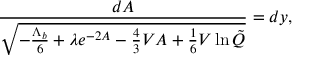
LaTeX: \frac { d A } { \sqrt { - \frac { \Lambda _ { b } } { 6 } + \lambda e ^ { - 2 A } - \frac 4 3 V A + \frac 1 6 V \ln \tilde { Q } } } = d y ,